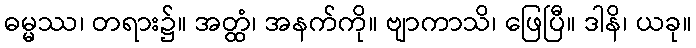
ဓမ္မဿ၊ တရား၌။ အတ္ထံ၊ အနက်ကို။ ဗျာကာသိ၊ ဖြေပြီ။ ဒါနိ၊ ယခု။